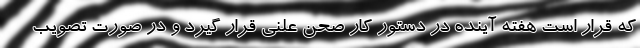
که قرار است هفته آینده در دستور کار صحن علنی قرار گیرد و در صورت تصویب